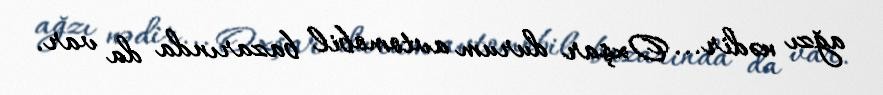
ağzı nədir... Oxşar durum avtomobil bazarında da var.